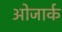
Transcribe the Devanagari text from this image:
ओजार्क